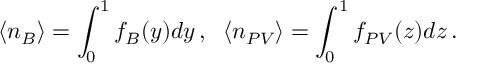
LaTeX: \langle n _ { B } \rangle = \int _ { 0 } ^ { 1 } f _ { B } ( y ) d y \, , \; \; \langle n _ { P V } \rangle = \int _ { 0 } ^ { 1 } f _ { P V } ( z ) d z \, .